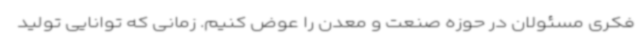
فکری مسئولان در حوزه صنعت و معدن را عوض کنیم. زمانی که توانایی تولید